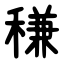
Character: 稴